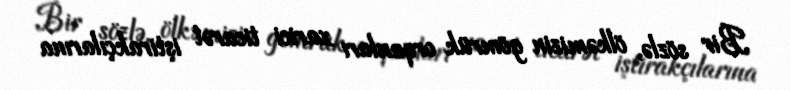
Bir sözlə, ölkəmizin gömrük orqanları xarici ticarət iştirakçılarına